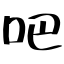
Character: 吧